Lunatic asylums Bombay report 1878-1890 - 1878-1890
Year: 1878
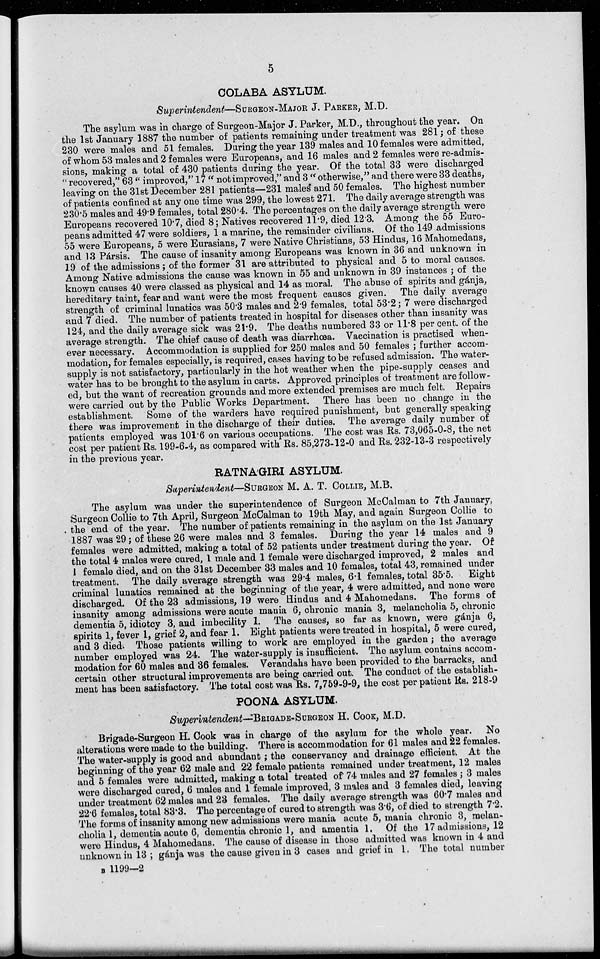
5
COLABA ASYLUM.
Superintendent—SURGEON-MAJOR J. PARKER, M.D.
The asylum was in charge of Surgeon-Major J. Parker, M.D., throughout the year. On
the 1st January 1887 the number of patients remaining under treatment was 281; of these
230 were males and 51 females. During the year 139 males and 10 females were admitted,
of whom 53 males and 2 females were Europeans, and 16 males and 2 females were re-admis-
sions, making a total of 430 patients during the year. Of the total 33 were discharged
"recovered," 63 "improved," 17 " not improved," and 3 "otherwise," and there were 33 deaths,
leaving on the 31st December 281 patients—231 males and 50 females. The highest number
of patients confined at any one time was 299, the lowest 271. The daily average strength was
230.5 males and 49.9 females, total 280.4. The percentages on the daily average strength were
Europeans recovered 10.7, died 8; Natives recovered 11.9, died 12.3. Among the 55 Euro-
peans admitted 47 were soldiers, 1 a marine, the remainder civilians. Of the 149 admissions
55 were Europeans, 5 were Eurasians, 7 were Native Christians, 53 Hindus, 16 Mahomedans,
and 13 Pársis. The cause of insanity among Europeans was known in 36 and unknown in
19 of the admissions; of the former 31 are attributed to physical and 5 to moral causes.
Among Native admissions the cause was known in 55 and unknown in 39 instances ; of the
known causes 40 were classed as physical and 14 as moral. The abuse of spirits and gánja,
hereditary taint, fear and want were the most frequent causes given. The daily average
strength of criminal lunatics was 50.3 males and 2.9 females, total 53.2; 7 were discharged
and 7 died. The number of patients treated in hospital for diseases other than insanity was
124, and the daily average sick was 21.9. The deaths numbered 33 or 11.8 per cent. of the
average strength. The chief cause of death was diarrhœa. Vaccination is practised when-
ever necessary. Accommodation is supplied for 250 males and 50 females ; further accom-
modation, for females especially, is required, cases having to be refused admission. The water-
supply is not satisfactory, particularly in the hot weather when the pipe-supply ceases and
water has to be brought to the asylum in carts. Approved principles of treatment are follow-
ed, but the want of recreation grounds and more extended premises are much felt. Repairs
were carried out by the Public Works Department. There has been no change in the
establishment. Some of the warders have required punishment, but generally speaking
there was improvement in the discharge of their duties. The average daily number of
patients employed was 101.6 on various occupations. The cost was Rs. 73,065-0-8, the net
cost per patient Rs. 199-6-4, as compared with Rs. 85,273-12-0 and Rs. 232-13-3 respectively
in the previous year.
RATNA'GIRI ASYLUM.
Superintendent—SURGEON M. A. T. COLLIE, M.B.
The asylum was under the superintendence of Surgeon McCalman to 7th January,
Surgeon Collie to 7th April, Surgeon McCalman to 19th May, and again Surgeon Collie to
the end of the year. The number of patients remaining in the asylum on the 1st January
1887 was 29; of these 26 were males and 3 females. During the year 14 males and 9
females were admitted, making a total of 52 patients under treatment during the year. Of
the total 4 males were cured, 1 male and 1 female were discharged improved, 2 males and
1 female died, and on the 31st December 33 males and 10 females, total 43, remained under
treatment. The daily average strength was 29.4 males, 6.1 females, total 35.5. Eight
criminal lunatics remained at the beginning of the year, 4 were admitted, and none were
discharged. Of the 23 admissions, 19 were Hindus and 4 Mahomedans. The forms of
insanity among admissions were acute mania 6, chronic mania 3, melancholia 5, chronic
dementia 5, idiotcy 3, and imbecility 1. The causes, so far as known, were gánja 6,
spirits 1, fever 1, grief 2, and fear 1. Eight patients were treated in hospital, 5 were cured,
and 3 died. Those patients willing to work are employed in the garden; the average
number employed was 24. The water-supply is insufficient. The asylum contains accom-
modation for 60 males and 36 females. Verandahs have been provided to the barracks, and
certain other structural improvements are being carried out. The conduct of the establish-
ment has been satisfactory. The total cost was Rs. 7,759-9-9, the cost per patient Rs. 218-9
POONA ASYLUM.
Superintendent—BRIGADE-SURGEON H. COOK, M.D.
Brigade-Surgeon H. Cook was in charge of the asylum for the whole year. No
alterations were made to the building. There is accommodation for 61 males and 22 females.
The water-supply is good and abundant; the conservancy and drainage efficient. At the
beginning of the year 62 male and 22 female patients remained under treatment, 12 males
and 5 females were admitted, making a total treated of 74 males and 27 females ; 3 males
were discharged cured, 6 males and 1 female improved, 3 males and 3 females died, leaving
under treatment 62 males and 23 females. The daily average strength was 60.7 males and
22.6 females, total 83.3. The percentage of cured to strength was 3.6, of died to strength 7.2.
The forms of insanity among new admissions were mania acute 5, mania chronic 3, melan-
cholia 1, dementia acute 6, dementia chronic 1, and amentia 1. Of the 17 admissions, 12
were Hindus, 4 Mahomedans. The cause of disease in those admitted was known in 4 and
unknown in 13 ; gánja was the cause given in 3 cases and grief in 1. The total number
B 1199—2